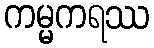
ကမ္မကရဿ